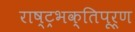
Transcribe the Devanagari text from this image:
राष्ट्रभक्तिपूर्ण